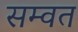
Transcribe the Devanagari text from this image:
सम्‍वत